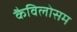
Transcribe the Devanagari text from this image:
कैविलोसम